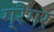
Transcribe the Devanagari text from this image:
ग्रैंगर